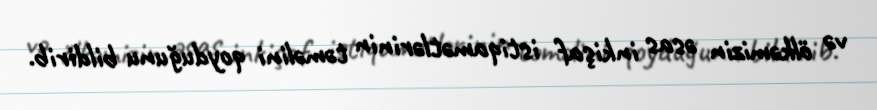
və ölkəmizin əsas inkişaf istiqamətlərinin təməlini qoyduğunu bildirib.